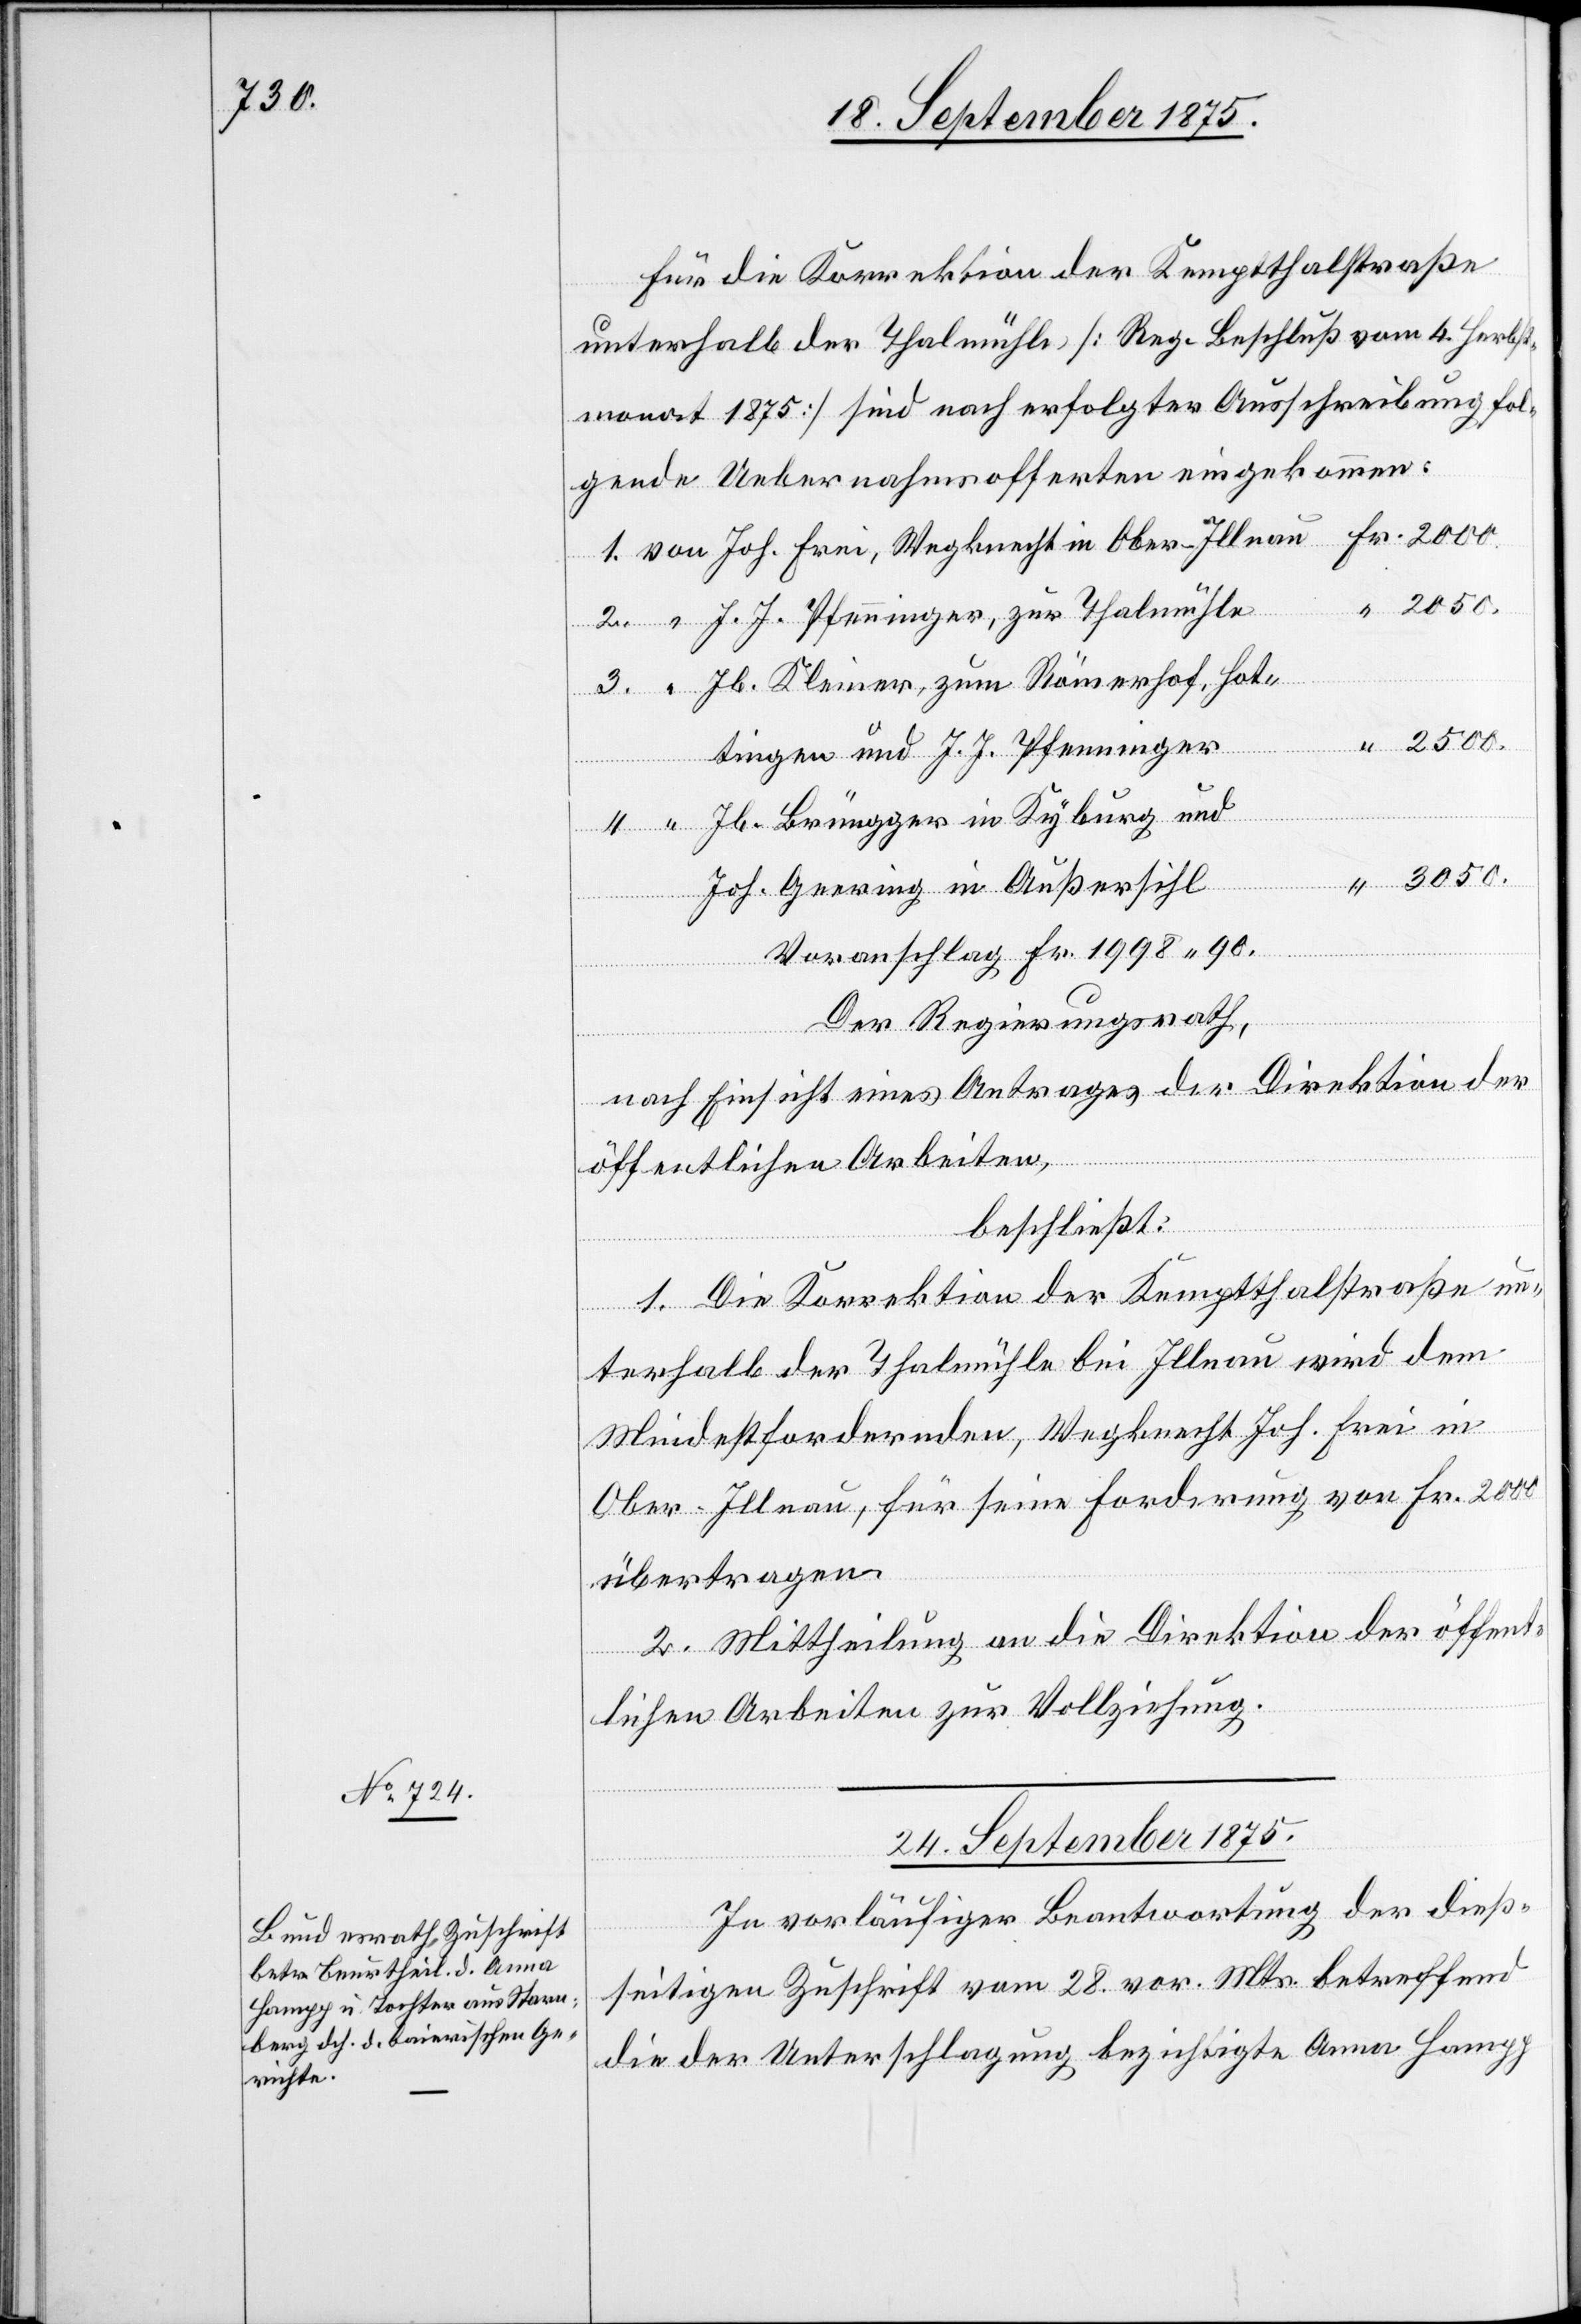
3050.

für die Korrektion der Kemptthalstraße
unterhalb der Thalmühle [Reg. Beschluß vom 4. Herbst¬
monat 1875] sind nach erfolgter Ausschreibung fol¬
gende Uebernahmsofferten eingekommen:
[Präsi¬
J. J. Pfenninger, zur Thalmühle
3.
Jb. Kleiner, zum Römerhof, Hot¬
tingen und J. J. Pfenninger
Jb. Brüngger in Kyburg und
dial-Verfügungen.]
Joh. Geering in Außersihl
Voranschlag Fr. 1998 90.
Der Regierungsrath,
nach Einsicht eines Antrages der Direktion der
öffentlichen Arbeiten,
“
beschließt:
1. Die Korrektion der Kemptthalstraße un¬
2.
terhalb der Thalmühle bei Illnau wird dem
Mindestfordernden, Wegknecht Joh. Frei in
Ober-Illnau, für seine Forderung von Fr. 2000
übertragen.
2. Mittheilung an die Direktion der öffent¬
lichen Arbeiten zur Vollziehung.
24. September 1875.
In vorläufiger Beantwortung der dieß¬
seitigen Zuschrift vom 28. vor. Mts. betreffend
die der Unterschlagung bezichtigte Anna Hampp